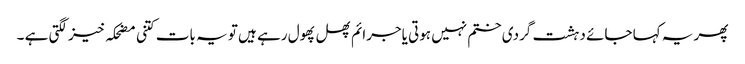
پھر یہ کہا جائے دہشت گردی ختم نہیں ہوتی یاجرائم پھل پھول رہے ہیں تو یہ بات کتنی مضحکہ خیز لگتی ہے ۔